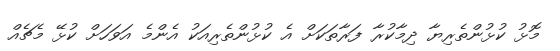
މޮޅު ކުޅުންތެރިޔާ ދިމާކުރާ ފަރާތަކަށް އެ ކުޅުންތެރިއަކު އެންމެ އަވަހަށް ކުޅޭ މެޗެއް